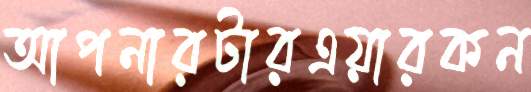
আপনারটারএয়ারকন